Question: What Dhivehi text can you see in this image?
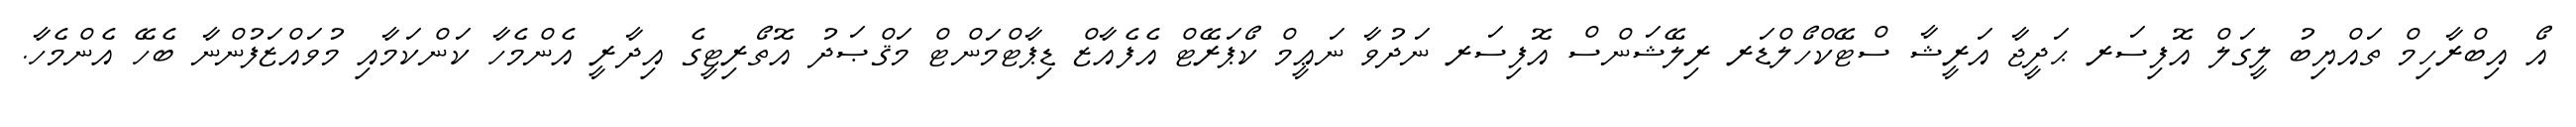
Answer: އޯ އިބްރާހިމް ތައްޔިބު ލީގަލް އޮފިސަރ ޙަދީޖާ އަރީޝާ ސްޓޭކްހޯލްޑަރ ރިލޭޝަންސް އޮފިސަރ ނަދުވާ ނަޢީމް ކޯޕަރޭޓް އެފެއާޒް ޑިޕާޓްމަންޓް މަޤްޞަދު އޮތޯރިޓީގެ އިދާރީ އެންމެހާ ކަންކަމާއި މުވައްޒަފުންނާ ބެހޭ އެންމެހާ.